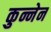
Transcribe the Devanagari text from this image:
कुन्नेन